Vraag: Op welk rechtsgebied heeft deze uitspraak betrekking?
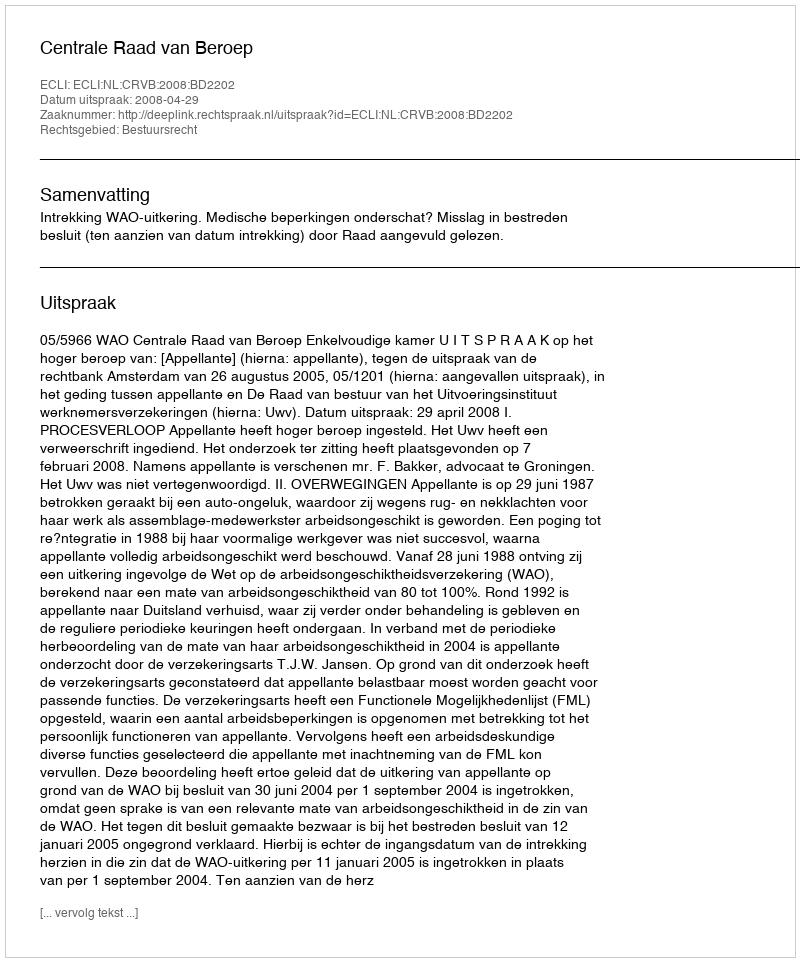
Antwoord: Bestuursrecht